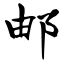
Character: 邮